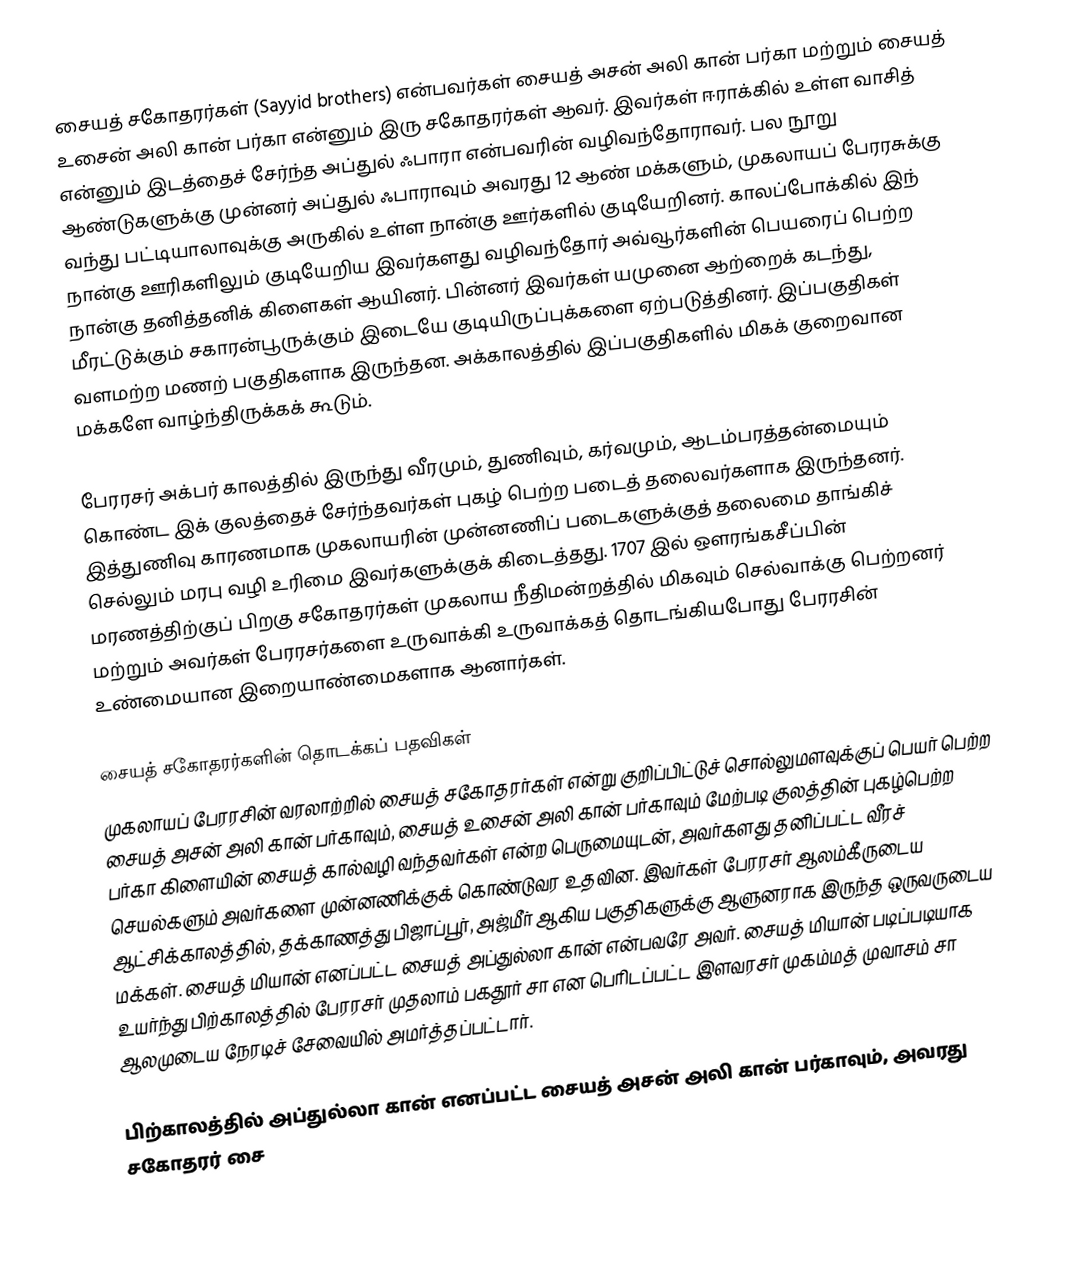
சையத் சகோதரர்கள் (Sayyid brothers) என்பவர்கள் சையத் அசன் அலி கான் பர்கா மற்றும் சையத் உசைன் அலி கான் பர்கா என்னும் இரு சகோதரர்கள் ஆவர். இவர்கள் ஈராக்கில் உள்ள வாசித் என்னும் இடத்தைச் சேர்ந்த அப்துல் ஃபாரா என்பவரின் வழிவந்தோராவர். பல நூறு ஆண்டுகளுக்கு முன்னர் அப்துல் ஃபாராவும் அவரது 12 ஆண் மக்களும், முகலாயப் பேரரசுக்கு வந்து பட்டியாலாவுக்கு அருகில் உள்ள நான்கு ஊர்களில் குடியேறினர். காலப்போக்கில் இந் நான்கு ஊரிகளிலும் குடியேறிய இவர்களது வழிவந்தோர் அவ்வூர்களின் பெயரைப் பெற்ற நான்கு தனித்தனிக் கிளைகள் ஆயினர். பின்னர் இவர்கள் யமுனை ஆற்றைக் கடந்து, மீரட்டுக்கும் சகாரன்பூருக்கும் இடையே குடியிருப்புக்களை ஏற்படுத்தினர். இப்பகுதிகள் வளமற்ற மணற் பகுதிகளாக இருந்தன. அக்காலத்தில் இப்பகுதிகளில் மிகக் குறைவான மக்களே வாழ்ந்திருக்கக் கூடும்.

பேரரசர் அக்பர் காலத்தில் இருந்து வீரமும், துணிவும், கர்வமும், ஆடம்பரத்தன்மையும் கொண்ட இக் குலத்தைச் சேர்ந்தவர்கள் புகழ் பெற்ற படைத் தலைவர்களாக இருந்தனர். இத்துணிவு காரணமாக முகலாயரின் முன்னணிப் படைகளுக்குத் தலைமை தாங்கிச் செல்லும் மரபு வழி உரிமை இவர்களுக்குக் கிடைத்தது. 1707 இல் ஔரங்கசீப்பின் மரணத்திற்குப் பிறகு சகோதரர்கள் முகலாய நீதிமன்றத்தில் மிகவும் செல்வாக்கு பெற்றனர் மற்றும் அவர்கள் பேரரசர்களை உருவாக்கி உருவாக்கத் தொடங்கியபோது பேரரசின் உண்மையான இறையாண்மைகளாக ஆனார்கள்.

சையத் சகோதரர்களின் தொடக்கப் பதவிகள்
முகலாயப் பேரரசின் வரலாற்றில் சையத் சகோதரர்கள் என்று குறிப்பிட்டுச் சொல்லுமளவுக்குப் பெயர் பெற்ற சையத் அசன் அலி கான் பர்காவும், சையத் உசைன் அலி கான் பர்காவும் மேற்படி குலத்தின் புகழ்பெற்ற பர்கா கிளையின் சையத் கால்வழி வந்தவர்கள் என்ற பெருமையுடன், அவர்களது தனிப்பட்ட வீரச் செயல்களும் அவர்களை முன்னணிக்குக் கொண்டுவர உதவின. இவர்கள் பேரரசர் ஆலம்கீருடைய ஆட்சிக்காலத்தில், தக்காணத்து பிஜாப்பூர், அஜ்மீர் ஆகிய பகுதிகளுக்கு ஆளுனராக இருந்த ஒருவருடைய மக்கள். சையத் மியான் எனப்பட்ட சையத் அப்துல்லா கான் என்பவரே அவர். சையத் மியான் படிப்படியாக உயர்ந்து பிற்காலத்தில் பேரரசர் முதலாம் பகதூர் சா என பெரிடப்பட்ட இளவரசர் முகம்மத் முவாசம் சா ஆலமுடைய நேரடிச் சேவையில் அமர்த்தப்பட்டார்.

பிற்காலத்தில் அப்துல்லா கான் எனப்பட்ட சையத் அசன் அலி கான் பர்காவும், அவரது சகோதரர் சை